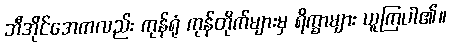
ဘီအိုင်အေကလည်း ကုန်ရုံ ကုန်တိုက်များမှ ရိက္ခာများ ယူကြပါ၏။